Vaccination in the Punjab 1897-1904 - 1897-1904
Year: 1897
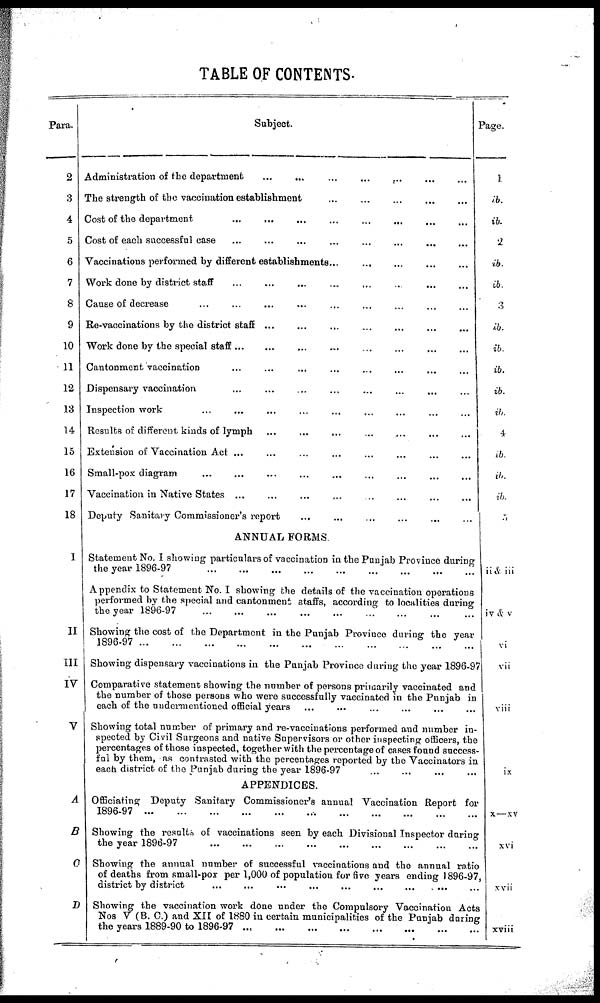
TABLE OF CONTENTS.
Para.
2
3
4
5
6
7
8
9
10
11
12
13
14
15
16
17
18
I
II
III
IV
V
A
B
C
D
Subject.
Administration of the department ... ... ... ... ... ... ... ... ...
The strength of the vaccination establishment ... ... ... ... ... ... ... ... ...
Cost of the department ... ... ... ... ... ... ... ... ...
Cost of each successful case ... ... ... ... ... ... ... ... ...
Vaccinations performed by different establishments ... ... ... ... ... ... ... ... ...
Work done by district staff ... ... ... ... ... ... ... ... ...
Cause of decrease ... ... ... ... ... ... ... ... ...
Re-vaccinations by the district staff ... ... ... ... ... ... ... ... ...
Work done by the special staff ... ... ... ... ... ... ... ... ...
Cantonment vaccination ... ... ... ... ... ... ... ... ...
Dispensary vaccination ... ... ... ... ... ... ... ... ...
Inspection work ... ... ... ... ... ... ... ... ...
Results of different kinds of lymph ... ... ... ... ... ... ... ... ...
Extension of Vaccination Act ... ... ... ... ... ... ... ... ...
Small-pox diagram ... ... ... ... ... ... ... ... ...
Vaccination in Native States ... ... ... ... ... ... ... ... ...
Deputy Sanitary Commissioner's report ... ... ... ... ... ... ... ... ...
ANNUAL FORMS.
Statement No. I showing particulars of vaccination in the Punjab Province during
the year 1896-97
...
...
...
...
...
...
...
...
...
Appendix to Statement No. I showing the details of the vaccination operations
performed by the special and cantonment staffs, according to localities during
the year 1896-97
...
...
...
...
...
...
...
...
...
Showing the cost of the Department in the Punjab Province during the year
1896-97
...
...
...
...
...
...
...
...
...
Showing dispensary vaccinations in the Punjab Province during the year 1896-97
Comparative statement showing the number of persons primarily vaccinated and
the number of those persons who were successfully vaccinated in the Punjab in
each of the undermentioned official years ... ... ... ... ... ... ... ... ...
Showing total number of primary and re-vaccinations performed and number in-
spected by Civil Surgeons and native Supervisors or other inspecting officers, the
percentages of those inspected, together with the percentage of cases found success-
ful by them, as contrasted with the percentages reported by the Vaccinators in
each district of the Punjab during the year 1896-97 ... ... ... ... ... ... ... ... ...
APPENDICES.
Officiating Deputy Sanitary Commissioner's annual Vaccination Report for
1896-97
...
...
...
...
...
...
...
...
...
Showing the results of vaccinations seen by each Divisional Inspector during
the year 1896-97
...
...
...
...
...
...
...
...
...
Showing the annual number of successful vaccinations and the annual ratio
of deaths from small-pox per 1,000 of population for five years ending 1896-97
district by district
...
...
...
...
...
...
...
...
...
Showing the vaccination work done under the Compulsory Vaccination Act
Nos V (B. C.) and XII of 1880 in certain municipalities of the Punjab during
the years 1889-90 to 1896-97
...
...
...
...
...
...
...
...
...
Page.
i
ib.
ib.
2
ib.
ib.
3
ib.
ib.
ib.
ib.
ib.
4
ib.
ib.
ib.
5
ii& iii
iv & v
vi
vii
viii
ix
X_XV
xvi
xvii
xviii